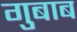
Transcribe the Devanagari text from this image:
गुबाब